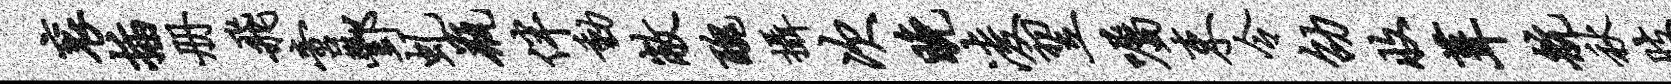
衮插册飞啻酆虬瓶伴动敝丑摄次晚凌翌嘱束令劭收葺航秋肢